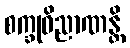
စက္ခုဝိညာဏန္တိ